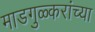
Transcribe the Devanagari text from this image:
माडगुळ्करांच्या